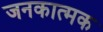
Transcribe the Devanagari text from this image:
जनकात्मक